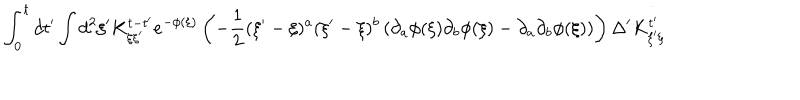
\int _ { 0 } ^ { t } d t ^ { \prime } \int d ^ { 2 } \xi ^ { \prime } K _ { \xi \xi ^ { \prime } } ^ { t - t ^ { \prime } } e ^ { - \phi ( \xi ) } \left( - \frac { 1 } { 2 } ( \xi ^ { \prime } - \xi ) ^ { a } ( \xi ^ { \prime } - \xi ) ^ { b } \left( \partial _ { a } \phi ( \xi ) \partial _ { b } \phi ( \xi ) - \partial _ { a } \partial _ { b } \phi ( \xi ) \right) \right) \Delta ^ { \prime } K _ { \xi ^ { \prime } \xi } ^ { t ^ { \prime } }